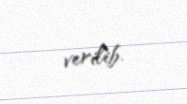
verilib.